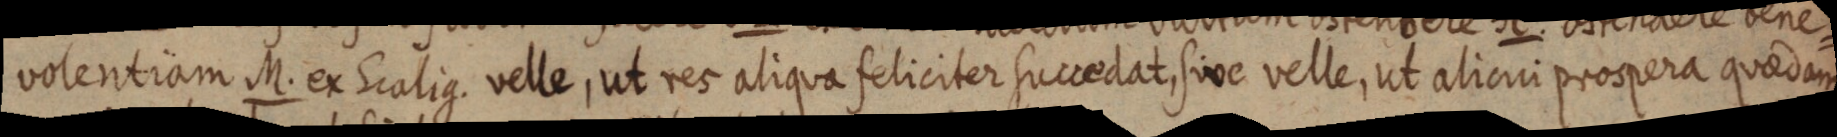
volentiam M. ex Scalig. velle, ut res aliqua feliciter succedat, sive velle, ut alicui prospera quaedam